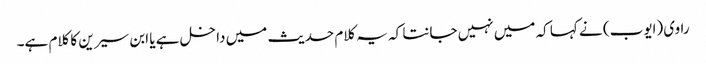
راوی (ایوب) نے کہا کہ میں نہیں جانتا کہ یہ کلام حدیث میں داخل ہے یا ابن سیرین کا کلام ہے۔